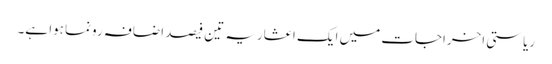
ریاستی اخراجات میں ایک اعشاریہ تین فیصد اضافہ رونما ہوا ہے۔